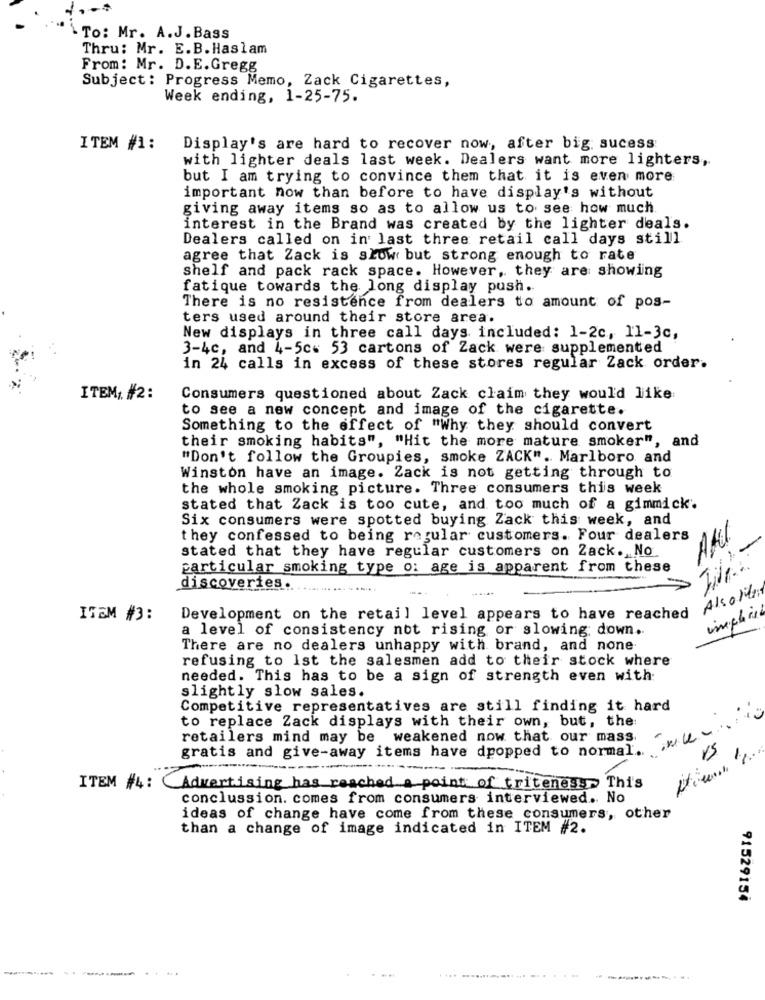
To: Mr. A.J. Bass
Thru: Mr. E.B. Haslam
From: Mr. D.E. Gregg
Subject : Progress Memo, Zack Cigarettes,
Week ending, 1-25-75.
ITEM #1:
Display's are hard to recover now, after big sucess
with lighter deals last week. Dealers want more lighters,
but I am trying to convince them that it is even more
important now than before to have display's without
giving away items so as to allow us to see how much.
interest in the Brand was created by the lighter deals.
Dealers called on in last three retail call days still
agree that Zack is slow but strong enough to rate
shelf and pack rack space. However, they are showing
fatique towards the long display push.
There is no resistence from dealers to amount of pos-
ters used around their store area.
New displays in three call days included: 1-2c, Il-3c,
3-4c, and 4-5c# 53 cartons of Zack were supplemented
in 24 calls in excess of these stores regular Zack order.
ITEM ;. #2:
Consumers questioned about Zack claim they would like
to see a new concept and image of the cigarette.
Something to the effect of "Why they should convert
their smoking habits", "Hit the more mature smoker", and
"Don't follow the Groupies, smoke ZACK". Marlboro and
Winston have an image. Zack is not getting through to
the whole smoking picture. Three consumers this week
stated that Zack is too cute, and too much of a gimmick.
Six consumers were spotted buying Zack this week, and
they confessed to being regular customers. Four dealers
stated that they have regular customers on Zack. No
particular smoking type o: age is apparent from these
discoveries.
Alsolite
imphis
ITEM #3:
Development on the retail level appears to have reached
a level of consistency not rising or slowing down.
There are no dealers unhappy with brand, and none
refusing to Ist the salesmen add to their stock where
needed. This has to be a sign of strength even with
slightly slow sales.
Competitive representatives are still finding it hard
to replace Zack displays with their own, but, the
retailers mind may be weakened now that our mass.
gratis and give-away items have dropped to normal, , will
ITEM #4: Advertising has reached a point of tritenes: This
conclussion. comes from consumers interviewed .. No
ideas of change have come from these consumers, other
than a change of image indicated in ITEM #2.
91529154